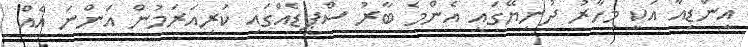
އިންޑިއާ އަކީ މިހާރު ދުނިޔޭގައި އެންމެ ބާރު ސްޕީޑެއްގައި ކުރިއަރަމުން އަންނަ އެއް